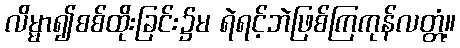
လိမ္မာ၍စစ်ထိုးခြင်း၌မ ရဲရင့်ဘဲဖြစ်ကြကုန်လတ္တံ့။